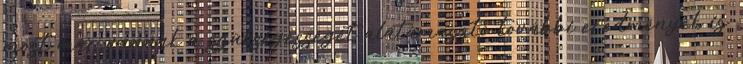
most már vannak a szükségességét alátámasztó további eredmények is.